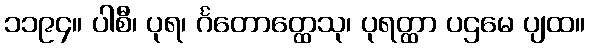
၁၁၉၄။ ပါစီ၊ ပုရ၊ င်္ဂတောတ္ထေသု၊ ပုရတ္ထာ ပဌမေ ပျထ။